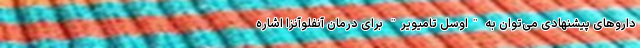
داروهای پیشنهادی می‌توان به "اوسل تامیویر" برای درمان آنفلوآنزا اشاره